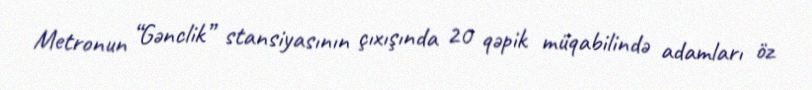
Metronun “Gənclik” stansiyasının çıxışında 20 qəpik müqabilində adamları öz